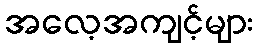
အလေ့အကျင့်များ